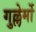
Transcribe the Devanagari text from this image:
गुल्लेर्मो